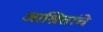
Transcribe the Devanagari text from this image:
आश्रितांचे